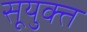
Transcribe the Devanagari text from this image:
सूयुक्त